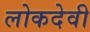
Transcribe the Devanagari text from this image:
लोकदेवी